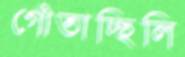
গোঁতাচ্ছিলি